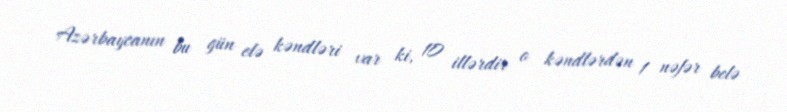
Azərbaycanın bu gün elə kəndləri var ki, 10 illərdir o kəndlərdən 1 nəfər belə